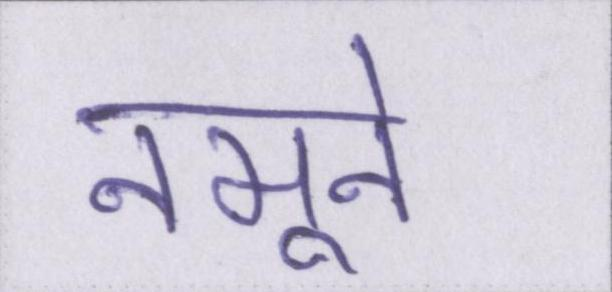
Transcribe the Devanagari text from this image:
नमूने